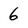
Character: 6